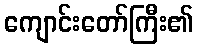
ကျောင်းတော်ကြီး၏